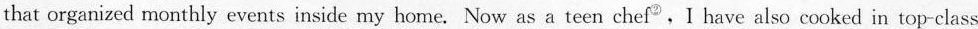
that organized monthly events inside my home. Now as a teen chef ^{②},I have also cooked in top-class